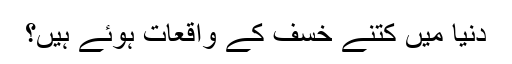
دنیا میں کتنے خسف کے واقعات ہوئے ہیں؟